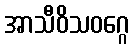
အာသီဝိသဝဂ္ဂေ